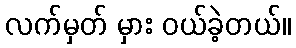
လက်မှတ် မှား ဝယ်ခဲ့တယ်။